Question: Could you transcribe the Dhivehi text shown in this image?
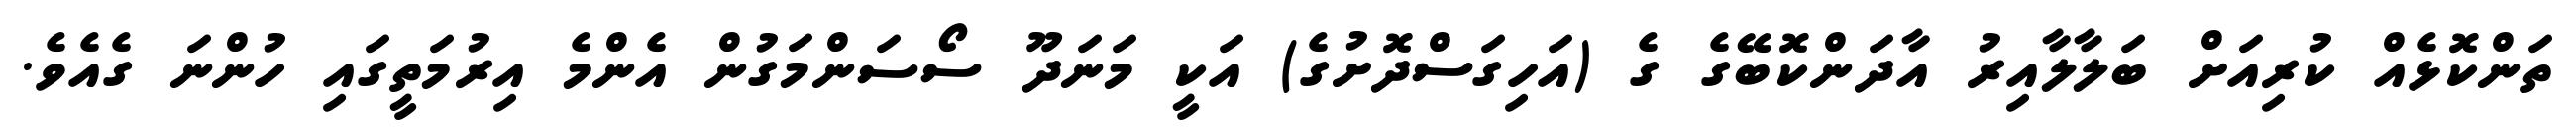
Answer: ތަންކޮޅެއް ކުރިއަށް ބަލާލާއިރު އާދަންކޮބޭގެ ގެ (އަހިގަސްދޮށުގެ) އަކީ މަނަދޫ ސޯސަންމަގުން އެންމެ އިރުމަތީގައި ހުންނަ ގެއެވެ.